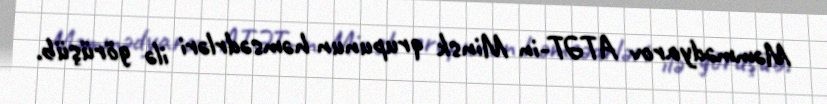
Məmmədyarov ATƏT-in Minsk qrupunun həmsədrləri ilə görüşüb.